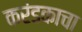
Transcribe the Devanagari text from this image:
करंडकाचा